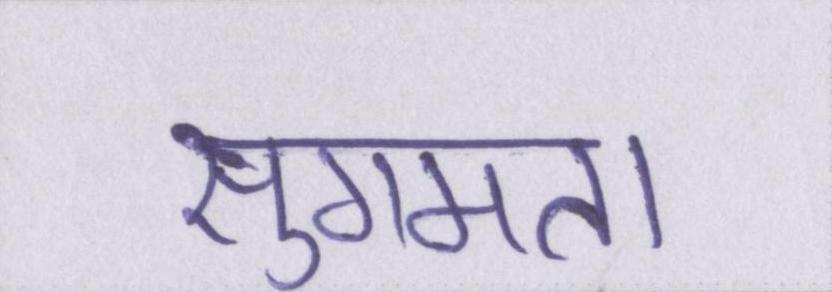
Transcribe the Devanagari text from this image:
सुगमता